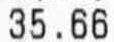
35.66